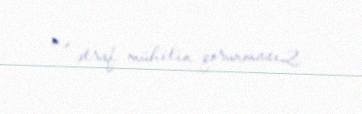
və ətraf mühitin qorunması2.